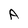
Character: A